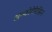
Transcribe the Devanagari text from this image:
ॲम्फोटेरिसिन